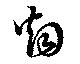
烟